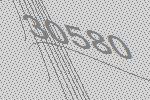
30580